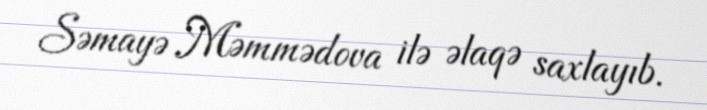
Səmayə Məmmədova ilə əlaqə saxlayıb.